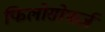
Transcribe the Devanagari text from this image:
फिलोसोफर्ज़